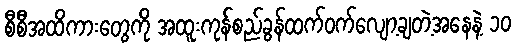
စီစီအထိကားတွေကို အထူးကုန်စည်ခွန်ထက်ဝက်လျော့ချတဲ့အနေနဲ့ ၁၀